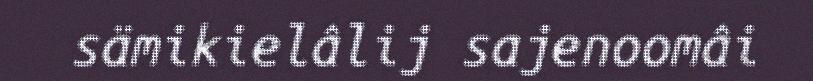
sämikielâlij sajenoomâi